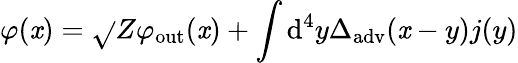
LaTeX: \varphi(\mathit{x})={\sqrt{}{{Z}}}\varphi_{\mathrm{{out}}}(\mathit{x})+\int\mathrm{{d}}^{4}y\Delta_{\mathrm{{adv}}}(\mathit{x}-y)j(y)